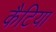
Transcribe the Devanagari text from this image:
कैटिया